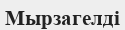
Мырзагелді